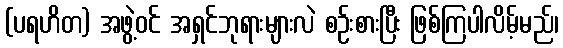
(ပရဟိတ) အဖွဲ့ဝင် အရှင်ဘုရားများလဲ စဉ်းစားပြီး ဖြစ်ကြပါလိမ့်မည်၊